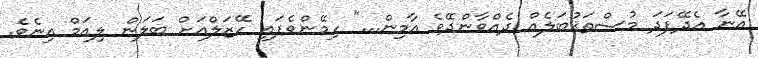
އޭނާ އެދޭފަދަ މުސްތަޤުބަލެއް ދެއްވާންދޭވެ އާމިން..." ހިމޭންވެފައި ހޭޒަލްއަށް ބަލަން ލިއަމް އިނެވެ.